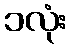
၁လုံး